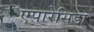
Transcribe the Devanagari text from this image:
एपारेसिडा